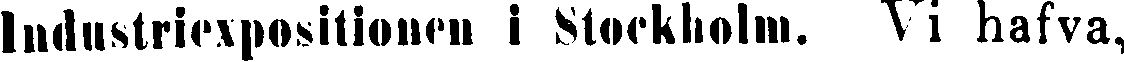
Industriexposition i Stockholm. Vi hafva,